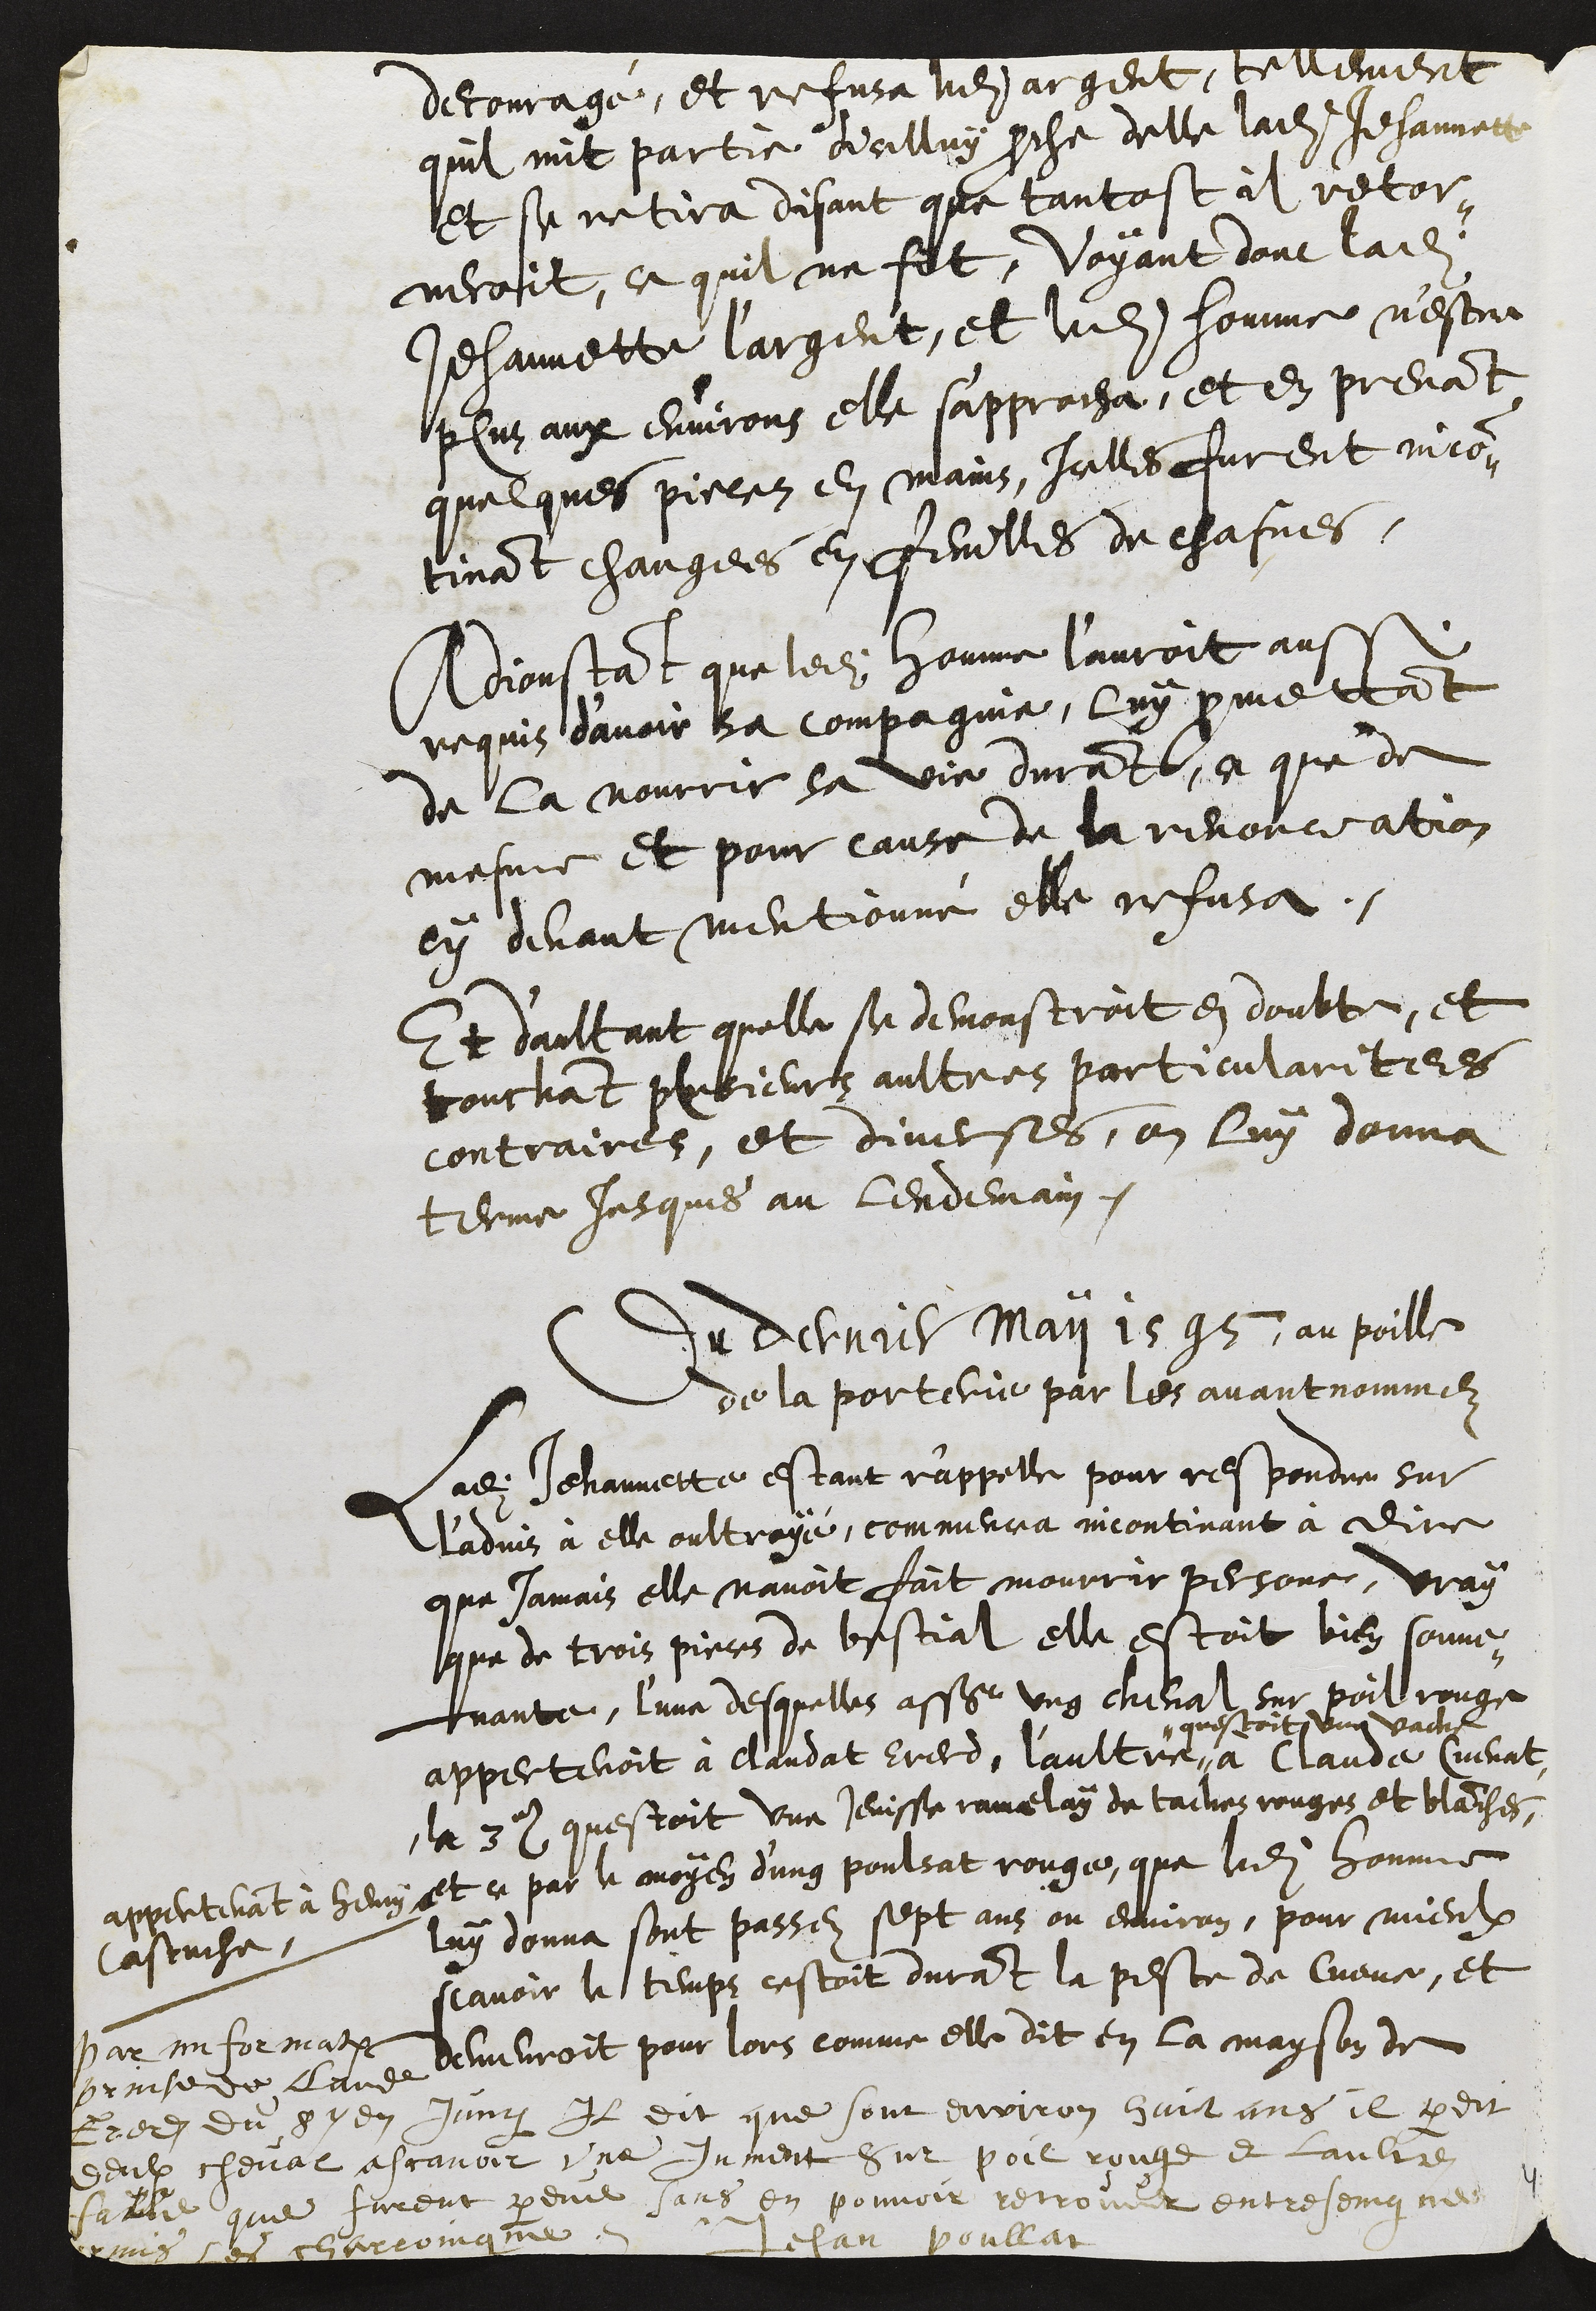
decouragé, et refusa ledit argent, tellement
quil mit partie dicelluy proche delle ladite Jehannette
et se retira disant que tantost il retor¬
neroit, ce quil ne fit, Voyant donc ladite
Jehannette l'argent, et ledit homme n'estre
plus aux environ elle s'approcha, et en prenant
quelques pieces en mains, Icelles furent incon-
tinant changees en feuilles de chasnes.
Adjoustant que ledit homme l'auroit aussi
requis d’avoir sa compagnie, luy promettant
de la nourrir sa vie durant, ce que de
mesme et pour cause de la renonciation
cy devant mentionné elle refusa.
Et d'aultant quelle se demonstroit en doubte, et
touchant plusieurs aultres particularitees
contraires, et diverses, on luy donna
terme jusques au lendemain.
Du dernier Maii 1595, au poille
de la porterie par les avant nommez
Ladite Jehannette estant r'appelle pour respondre sur
l'advis à elle oultroyé, commenca incontinant à dire
que jamais elle navoit fait mourrir personne, vray
que de trois pieces de bestial elle estoit bien souve¬
nante, l'une desquelles assavoir ung cheval sur poil rouge
appertenoit à Claudat Ererd, l'aultre
questoit une vache
à Claude Cuenat
la 3e questoit une Jenisse ramelay de taches rouges et blanches,
appertenant à henry
Castuche,
et ce par le moyen d'ung poulsat rouge, que ledit homme
luy donna sont passez sept ans ou environ, pour mieulx
scavoir le temps cestoit durant la peste de Cueve, et
demeuroit pour lors comme elle dit en la mayson de
Par imformation
prinse de Claude
Ererd du 8e en Junii Il dit que sont environ huit ans il perdit
deulx cheval ascavoir une Jument sur poil rouge et laultre
fauve que furent perdue sans en pouvoir retrouver entreseingne
hormis les charroingne Jehan Poullat